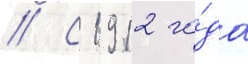
// С 1912 го́да